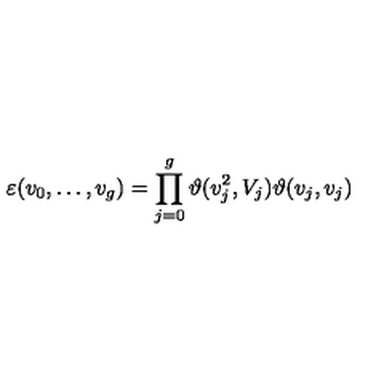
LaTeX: \varepsilon ( v _ { 0 } , \ldots , v _ { g } ) = \prod _ { j = 0 } ^ { g } \vartheta ( v _ { j } ^ { 2 } , V _ { j } ) \vartheta ( v _ { j } , v _ { j } )